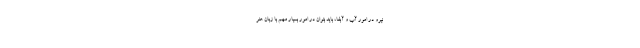
نیرو در امور آب و آبفا، باید بتوان در امور بسیار مهم با زبان هنر